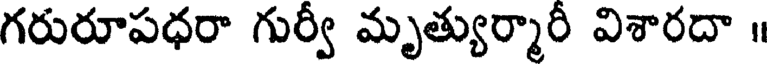
గరురూపధరా గుర్వీ మృత్యుర్మారీ విశారదా